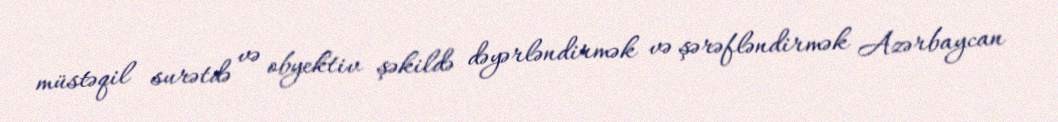
müstəqil surətdə və obyektiv şəkildə dəyərləndirmək və şərəfləndirmək Azərbaycan